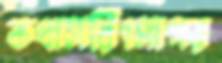
কথাসরিৎসাগর